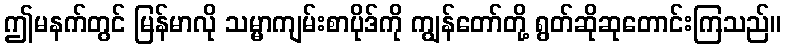
ဤမနက်တွင် မြန်မာလို သမ္မာကျမ်းစာပိုဒ်ကို ကျွန်တော်တို့ ရွတ်ဆိုဆုတောင်းကြသည်။